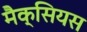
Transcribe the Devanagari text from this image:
मैक्सियस